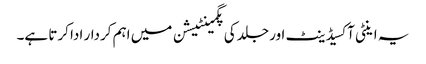
یہ اینٹی آکسیڈینٹ اور جلد کی پگمینٹیشن میں اہم کردار ادا کرتا ہے۔